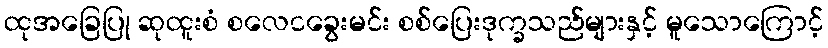
ထုအခြေပြု ဆုထူးစံ စလေငခွေးမင်း စစ်ပြေးဒုက္ခသည်များနှင့် မူသောကြောင့်